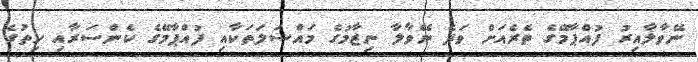
ނޭވާލާއިރު ފުއްޕާމޭގެ ތެރެއަށް ވަދެ ނޭވާލާ ނިޒާމުގެ މައްސަލަތަކާއި ފުއްޕާމޭގެ ކެންސަރާއި ހިތުގެ